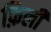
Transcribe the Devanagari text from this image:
फ़िली